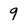
Character: 9